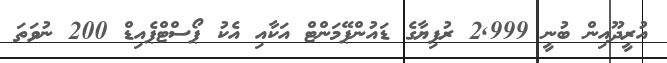
އުރީދޫއިން ބުނީ 2